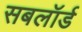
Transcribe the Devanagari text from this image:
सबलॉर्ड